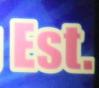
est.